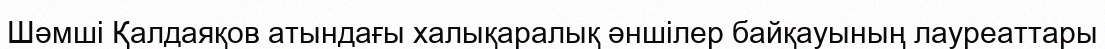
Шәмші Қалдаяқов атындағы халықаралық әншілер байқауының лауреаттары